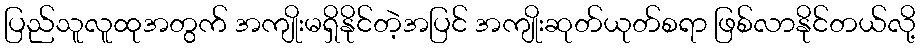
ပြည်သူလူထုအတွက် အကျိုးမရှိနိုင်တဲ့အပြင် အကျိုးဆုတ်ယုတ်စရာ ဖြစ်လာနိုင်တယ်လို့